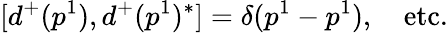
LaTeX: [d^{+}(p^{1}),d^{+}(p^{1})^{*}]=\delta(p^{1}-p^{1}),\quad\mathrm{etc.}